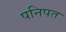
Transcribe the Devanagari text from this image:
पनिपत